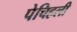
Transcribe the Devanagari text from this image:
पेचिहली